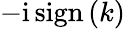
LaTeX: -\mathrm{i}\, \mathrm{sign}\left(k\right)